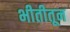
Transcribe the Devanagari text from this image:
भीतीतून